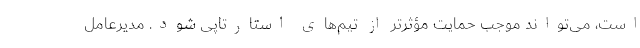
است، می‌تواند موجب حمایت مؤثرتر از تیم‌های استارتاپی شود. مدیرعامل